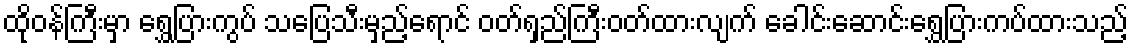
ထိုဝန်ကြီးမှာ ရွှေပြားကွပ် သပြေသီးမှည့်ရောင် ဝတ်ရှည်ကြီးဝတ်ထားလျက် ခေါင်းဆောင်းရွှေပြားကပ်ထားသည့်